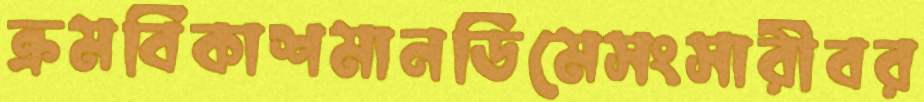
ক্রমবিকাশমানডিমেসংসারীবর